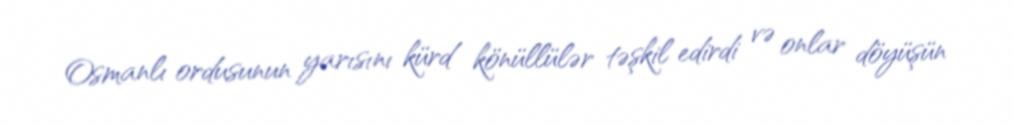
Osmanlı ordusunun yarısını kürd könüllülər təşkil edirdi və onlar döyüşün